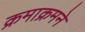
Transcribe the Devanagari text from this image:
क्रमाक्रमने